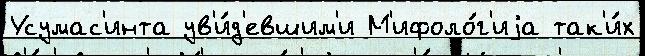
Усумас'инта ув'и́д'евшим'и М'ифоло́г'иjа так'и́х